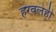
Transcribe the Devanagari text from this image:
हरवलेही